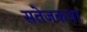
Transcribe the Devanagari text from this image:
सतेजकथा